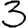
Digit: 3